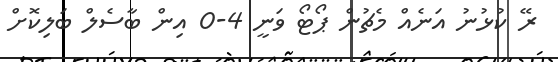
ރޭ ކުޅުނު އަނެއް މެޗުން ޕޯޓޯ ވަނީ 4-0 އިން ބާސެލް ބަލިކޮށް